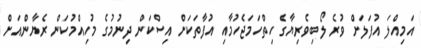
އަމިއްލަ އުފަލަށް ވުރެ ލޯބިވެރިޔާގެ ހިތްހަމަޖެހުމާއި އުފާތަކަށް އިސްކަން ދިނުމުގެ މުހިއްމުކަން ރެޔާންއަށް